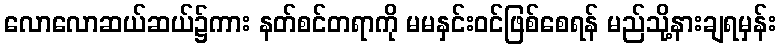
လောလောဆယ်ဆယ်၌ကား နတ်စင်တရာကို မမနှင်းဝင်ဖြစ်စေရန် မည်သို့နားချရမှန်း